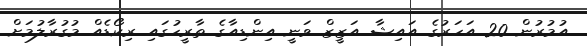
އުމުރުން 20 އަހަރުގެ އައިޝާ އަޒީޒް ވަނީ އިންޑިއާގެ ތާރީހުގައި ރިކޯޑެއް މުގުރާލުމަށް